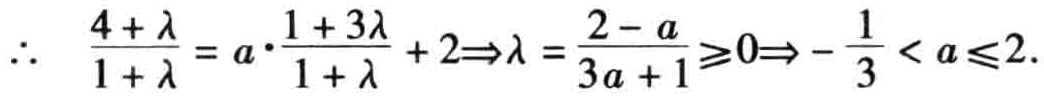
\(\therefore\ \frac{4 + \lambda}{1 + \lambda}=a\cdot\frac{1 + 3\lambda}{1 + \lambda}+2\Rightarrow\lambda=\frac{2 - a}{3a + 1}\geqslant0\Rightarrow-\frac{1}{3}<a\leqslant2.\)